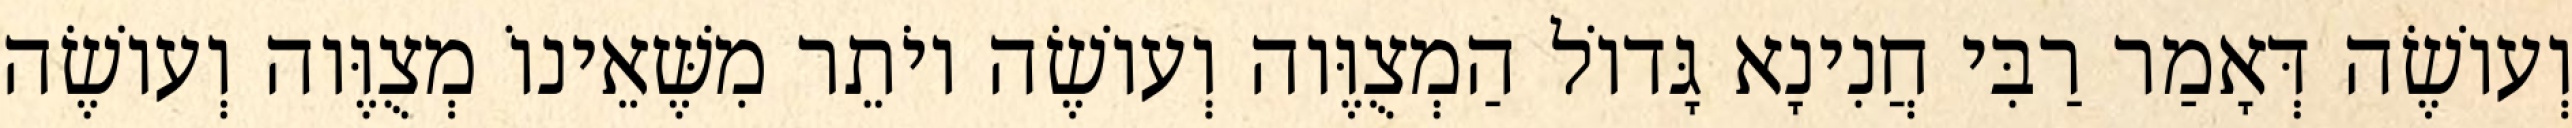
וְעוֹשֶׂה דְּאָמַר רַבִּי חֲנִינָא גָּדוֹל הַמְצֻוֶּוה וְעוֹשֶׂה יוֹתֵר מִשֶּׁאֵינוֹ מְצֻוֶּוה וְעוֹשֶׂה